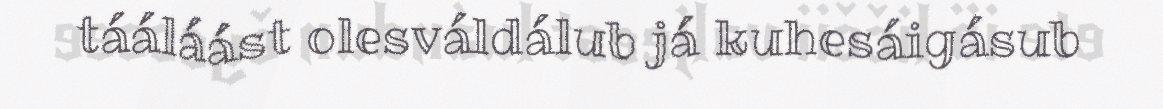
tááláást olesváldálub já kuhesáigásub